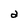
Character: a